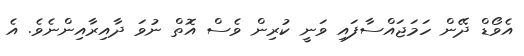
އެވޯޑް ދޭން ހަމަޖައްސާފައި ވަނީ ކުރިން ވެސް އޮތް ނުވަ ދާއިރާއިންނެވެ. އެ